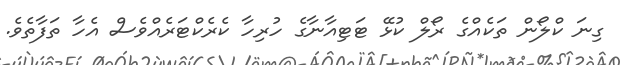
ގިނަ ކްލޯން ތަކެއްގެ ރޯލް ކުޅޭ ޓަޓިއާނާގެ ހުރިހާ ކެރެކްޓަރެއްވެސް އެހާ ތަފާތެވެ.